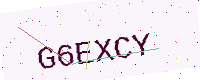
Text: G6EXCY